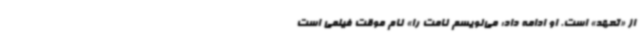
از «تعهد» است. او ادامه داد: می‌نویسم نامت را» نام موقت فیلمی است